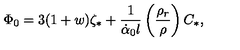
\Phi _ { 0 } = 3 ( 1 + w ) \zeta _ { \ast } + \frac { 1 } { \dot { \alpha } _ { 0 } l } \left( \frac { \rho _ { r } } { \rho } \right) C _ { \ast } ,